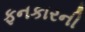
ફનકારની